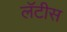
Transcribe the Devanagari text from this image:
लॅटीस